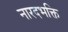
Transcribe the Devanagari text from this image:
नारदभक्ति